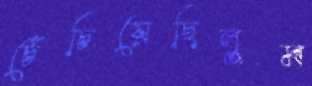
চেঁচিয়েছিলুম